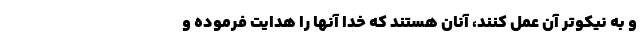
و به نیکوتر آن عمل کنند، آنان هستند که خدا آنها را هدایت فرموده و